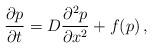
LaTeX: \begin{align*}\frac{\partial p}{\partial t} = D \frac{\partial^2 p}{\partial x^2} + f(p)\, ,\end{align*}